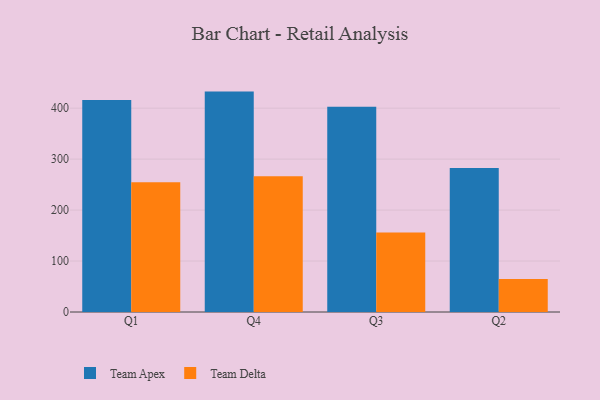
{"axis": {"x": "Quarter", "y": "Conversion Rate (%)"}, "legend": ["Team Apex", "Team Delta"], "data": [{"x": "Q1", "y": 415.8, "type": "Team Apex"}, {"x": "Q1", "y": 254.7, "type": "Team Delta"}, {"x": "Q4", "y": 432.5, "type": "Team Apex"}, {"x": "Q4", "y": 266.3, "type": "Team Delta"}, {"x": "Q3", "y": 403.0, "type": "Team Apex"}, {"x": "Q3", "y": 155.9, "type": "Team Delta"}, {"x": "Q2", "y": 282.4, "type": "Team Apex"}, {"x": "Q2", "y": 64.8, "type": "Team Delta"}]}